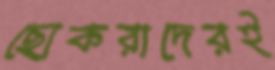
ছোকরাদেরই